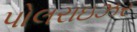
પોલરાઇઝર